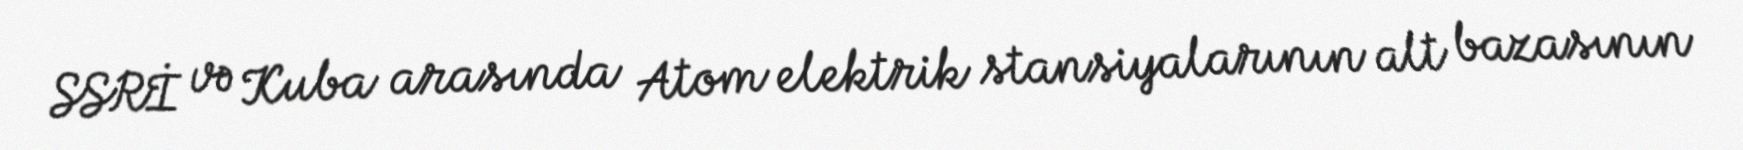
SSRİ və Kuba arasında Atom elektrik stansiyalarının alt bazasının